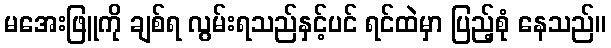
မအေးဖြူကို ချစ်ရ လွမ်းရသည်နှင့်ပင် ရင်ထဲမှာ ပြည့်စုံ နေသည်။